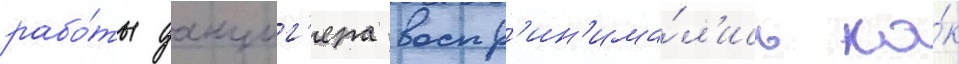
рабо́ты данциг'ера воспр'ин'има́л'ись ка́к